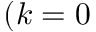
( k = 0